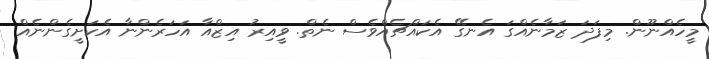
މީހެއްނޫން. މިފަދަ ޒަމާނެއްގަ އެނގޭ އެކައްޗެއްވެސް ނެތް. ވީއިރު އިޒްއާ އަހަރެންނާ އެކަށީގެންނެއް